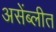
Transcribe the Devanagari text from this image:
असेंब्लीत